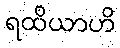
ရထိယာဟိ